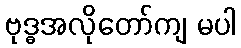
ဗုဒ္ဓအလိုတော်ကျ မပါ